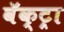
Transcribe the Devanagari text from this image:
वॅक्ट्रा